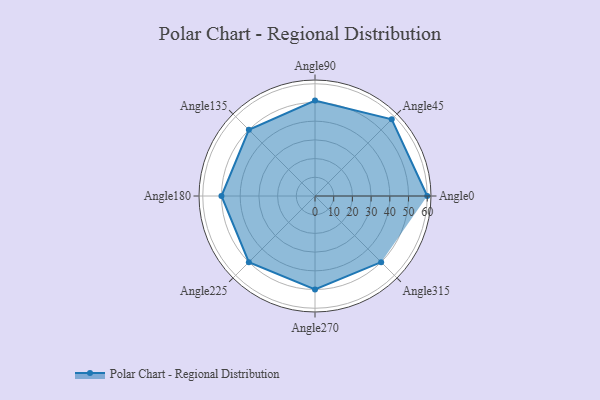
{"axis": {"x": "Angle", "y": "Radius"}, "legend": [""], "data": [{"x": "Angle0", "y": 60.0, "type": ""}, {"x": "Angle45", "y": 58.0, "type": ""}, {"x": "Angle90", "y": 51.0, "type": ""}, {"x": "Angle135", "y": 50, "type": ""}, {"x": "Angle180", "y": 50, "type": ""}, {"x": "Angle225", "y": 50, "type": ""}, {"x": "Angle270", "y": 50, "type": ""}, {"x": "Angle315", "y": 50, "type": ""}]}